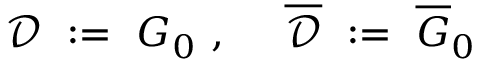
{ \mathcal D } \ : = \ G _ { 0 } \ , \ \quad \overline { { { { \mathcal D } } } } \ : = \ \overline { { { G } } } _ { 0 }